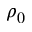
\rho _ { 0 }